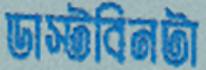
ডাস্টবিনটা